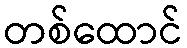
တစ်ထောင်